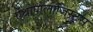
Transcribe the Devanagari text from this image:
ऐंथ्रोपोलॉजिस्ट्स